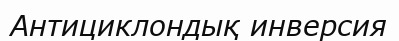
Антициклондық инверсия